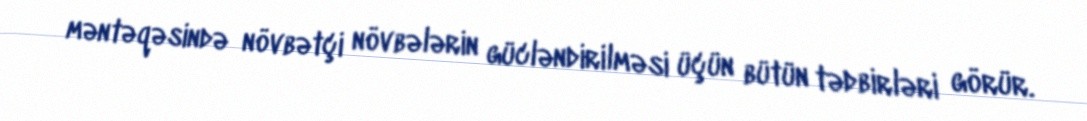
məntəqəsində növbətçi növbələrin gücləndirilməsi üçün bütün tədbirləri görür.